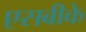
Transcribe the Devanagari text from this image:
एसबीके